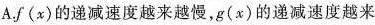
A.f(x)的递减速度越来越慢，g(x)的递减速度越来